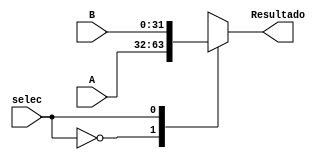
`timescale 1ns/1ns

module Mux2_1_32(
	input [31:0]A,
	input [31:0]B,
	input selec,
	output reg [31:0]Resultado
);

always @*
begin
	case(selec)
		1'b0:
		begin
		Resultado = A;
		end
		1'b1:
		begin
		Resultado = B;
		end
	endcase 
end
endmodule